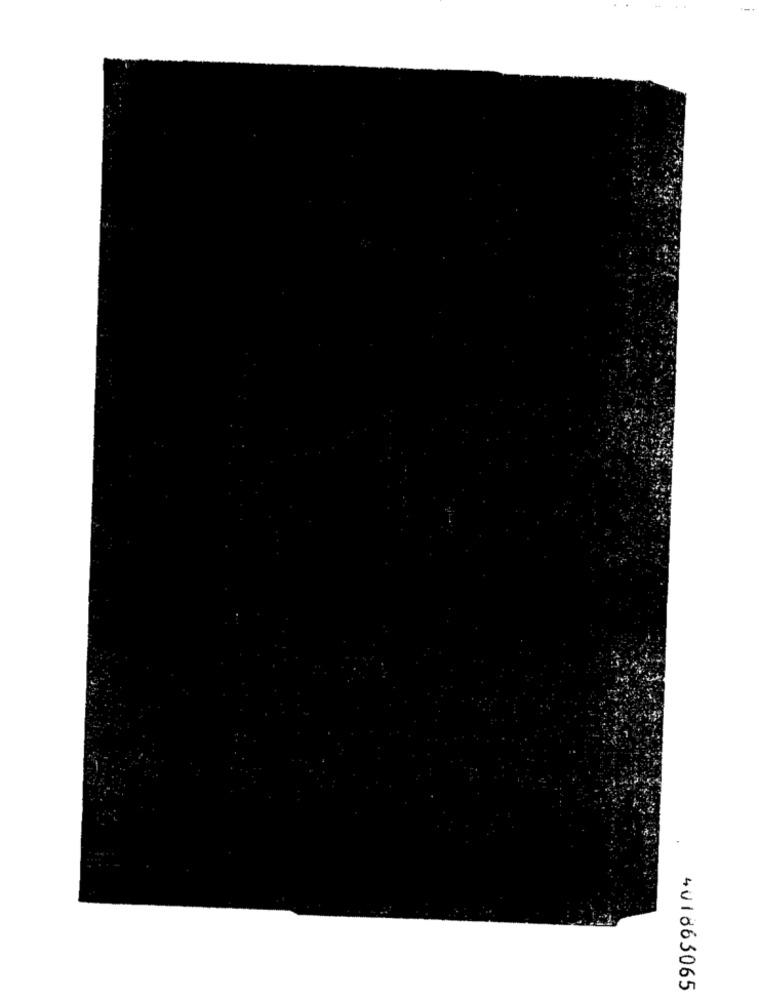
401863065